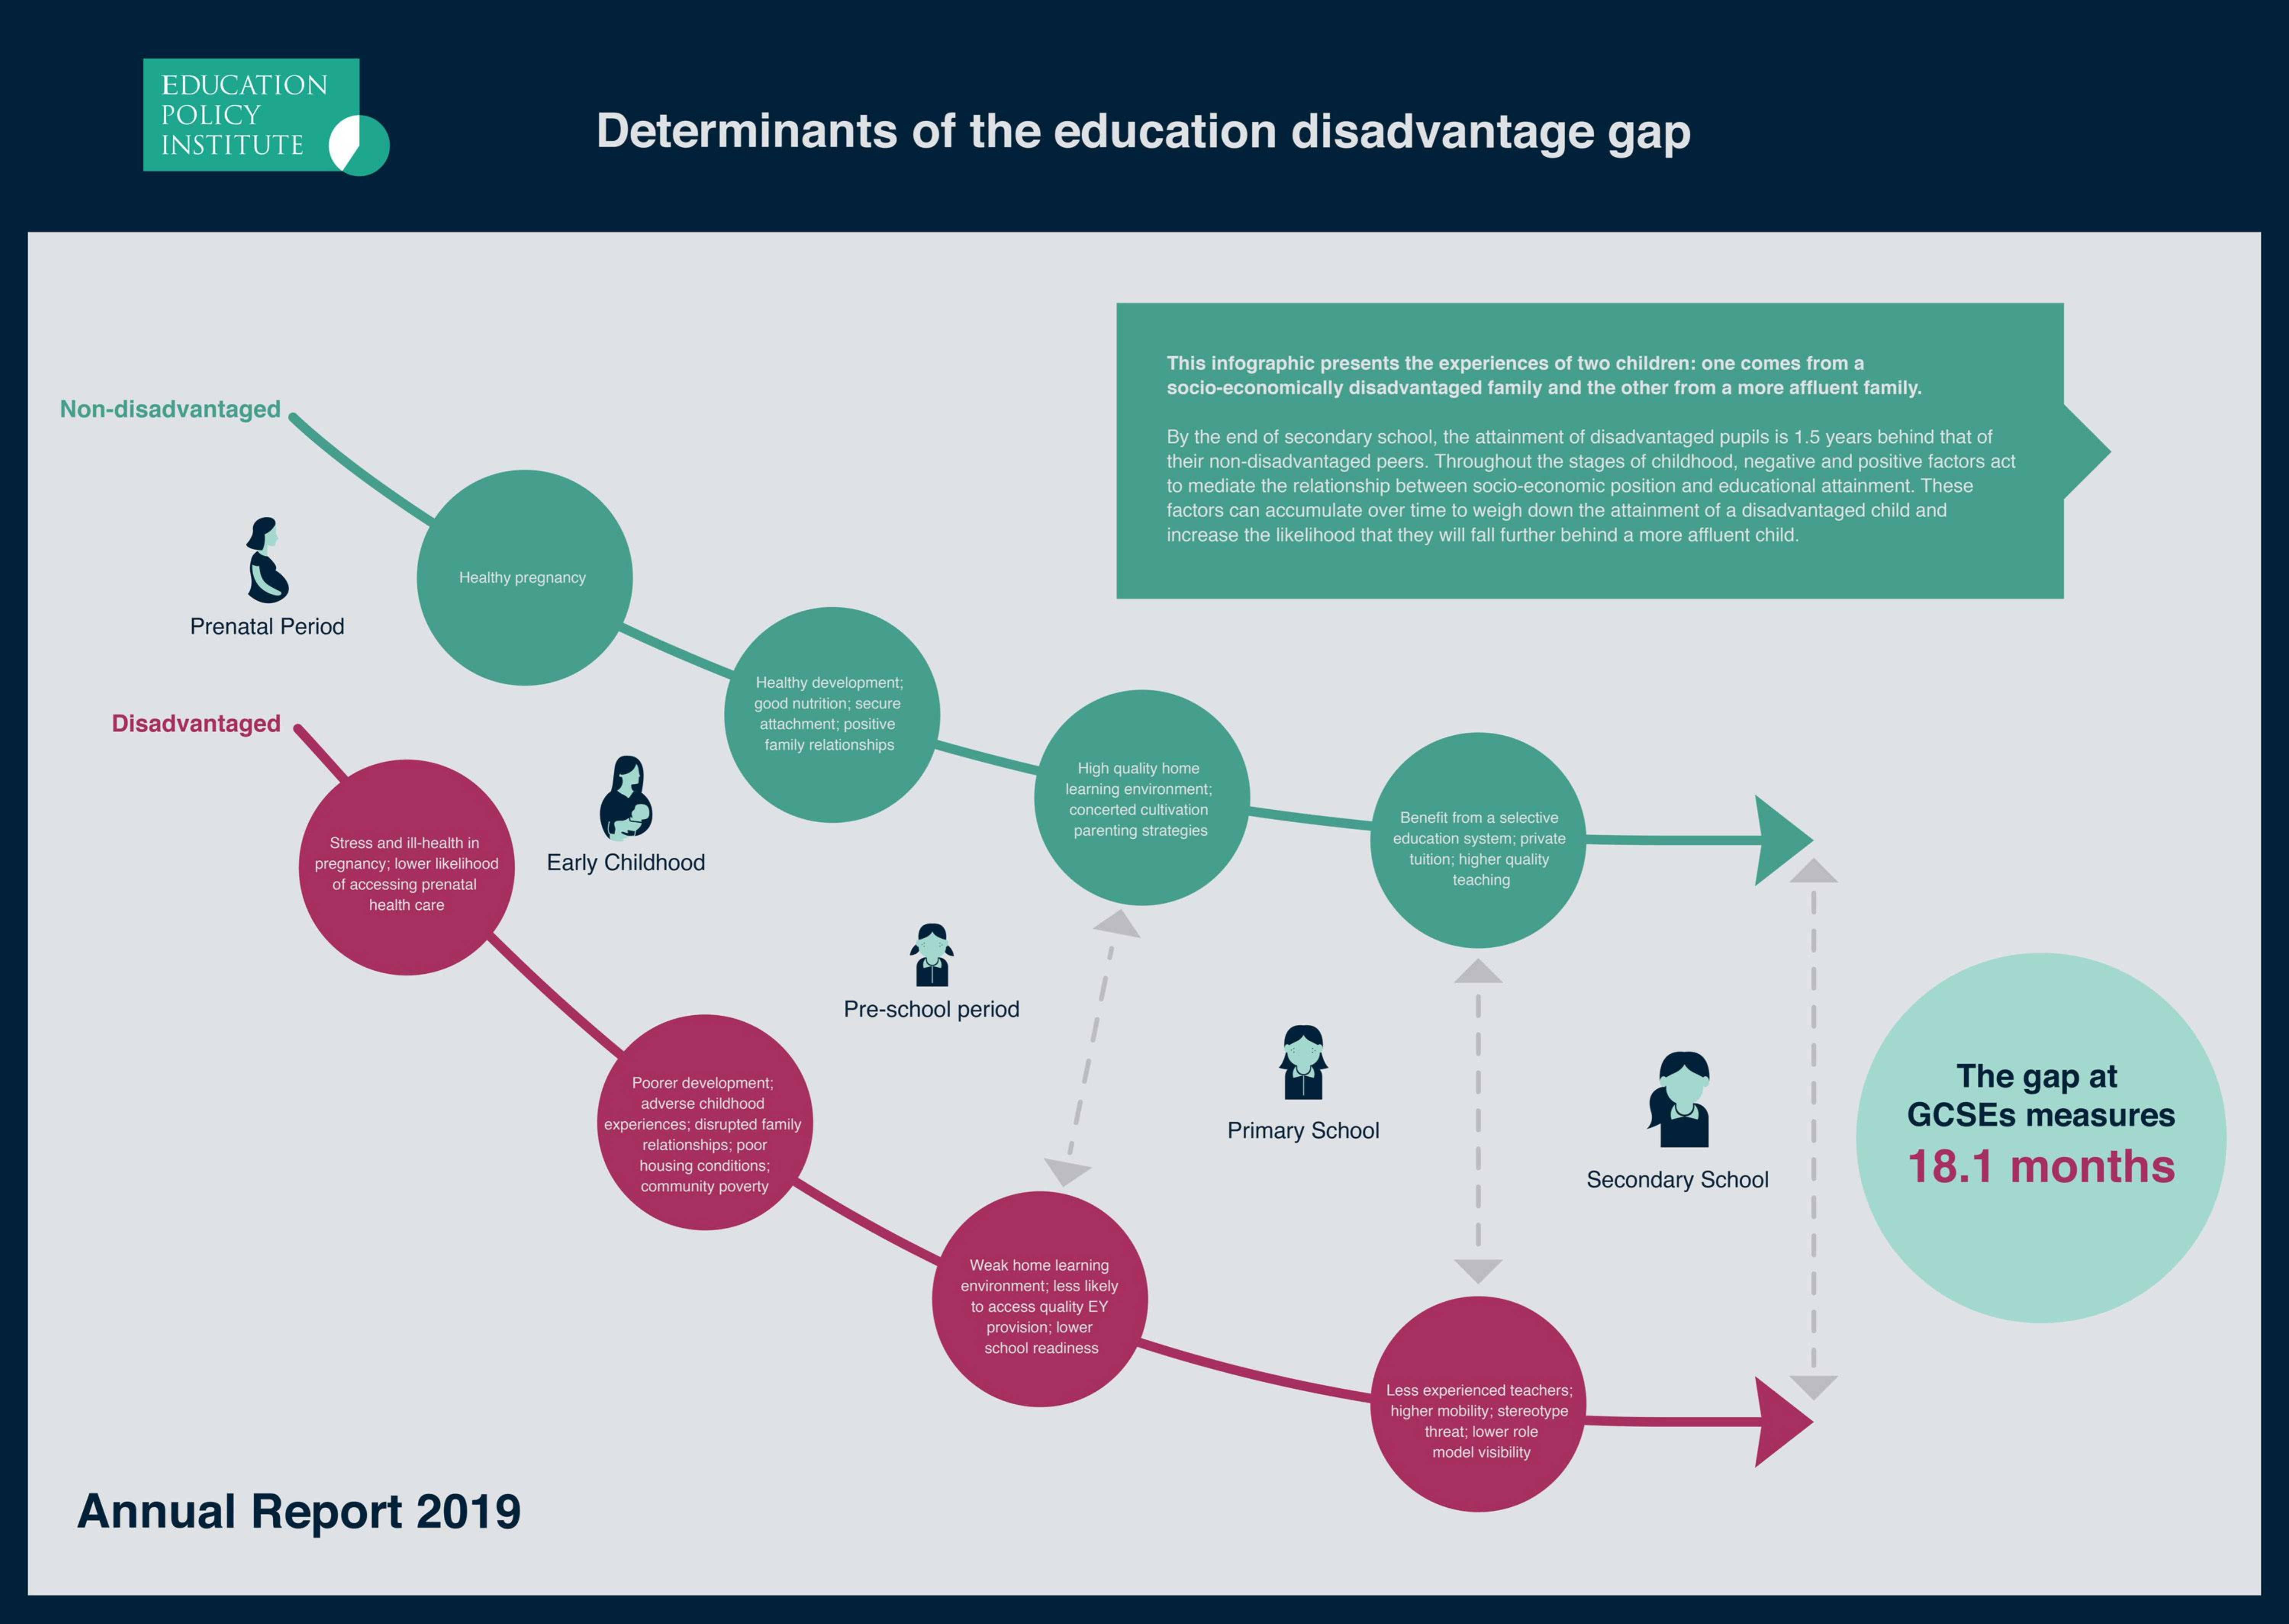
EDUCATION
     POLICY
     INSTITUTE    Determinants    of   the    education    disadvantage    gap
     This infographic presents the experiences of two children: one comes from a
     Non-disadvantaged
     socio-economically disadvantaged family and the other from a more affluent family.
     By the end of secondary school, the attainment of disadvantaged pupils is 1.5 years behind that of
     their non-disadvantaged peers. Throughout the stages of childhood, negative and positive factors act
     to mediate the relationship between socio-economic position and educational attainment. These
     factors can accumulate over time to weigh down the attainment of a disadvantaged child and
     increase the likelihood that they will fall further behind a more affluent child.
     Healthy pregnancy
     Prenatal Period
     Healthy development:
     Disadvantaged
     good nutrition; secure
     attachment; poshve
     family relationships
     High quality home
     learning environment;
     concerted cultivation
     parenting strategies
     Benefit from a selective
     Stress and ill-health in    education system; private
     pregnancy; lower Iket hood Early Childhood    tunon; higher quality
     of accessing prenatal    teaching
     health care
     Pre-school  period
     Poorer development;    The   gap    at -
     adverse childhood
     experiences; disnupood family    Primary School
     GCSEs    measures
     relationships; poor
     -
     housing conditions;
     community poverty    Secondary  School
     18.1    months
     Weak home learning
     environment; less likely
     to access quality EY
     provision; lower
     school readiness
     Less experienced teachers;
     higher mobility; stereotype
     threat; lower role
     model visibility
     Annual    Report    2019